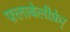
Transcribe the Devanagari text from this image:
फ़्लाबेलीफ़ेर्